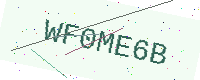
Text: WF0ME6B